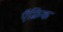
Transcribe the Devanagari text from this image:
ऍफ़्रिक